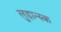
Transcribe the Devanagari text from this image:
लुहान्स्क